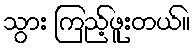
သွား ကြည့်ဖူးတယ်။